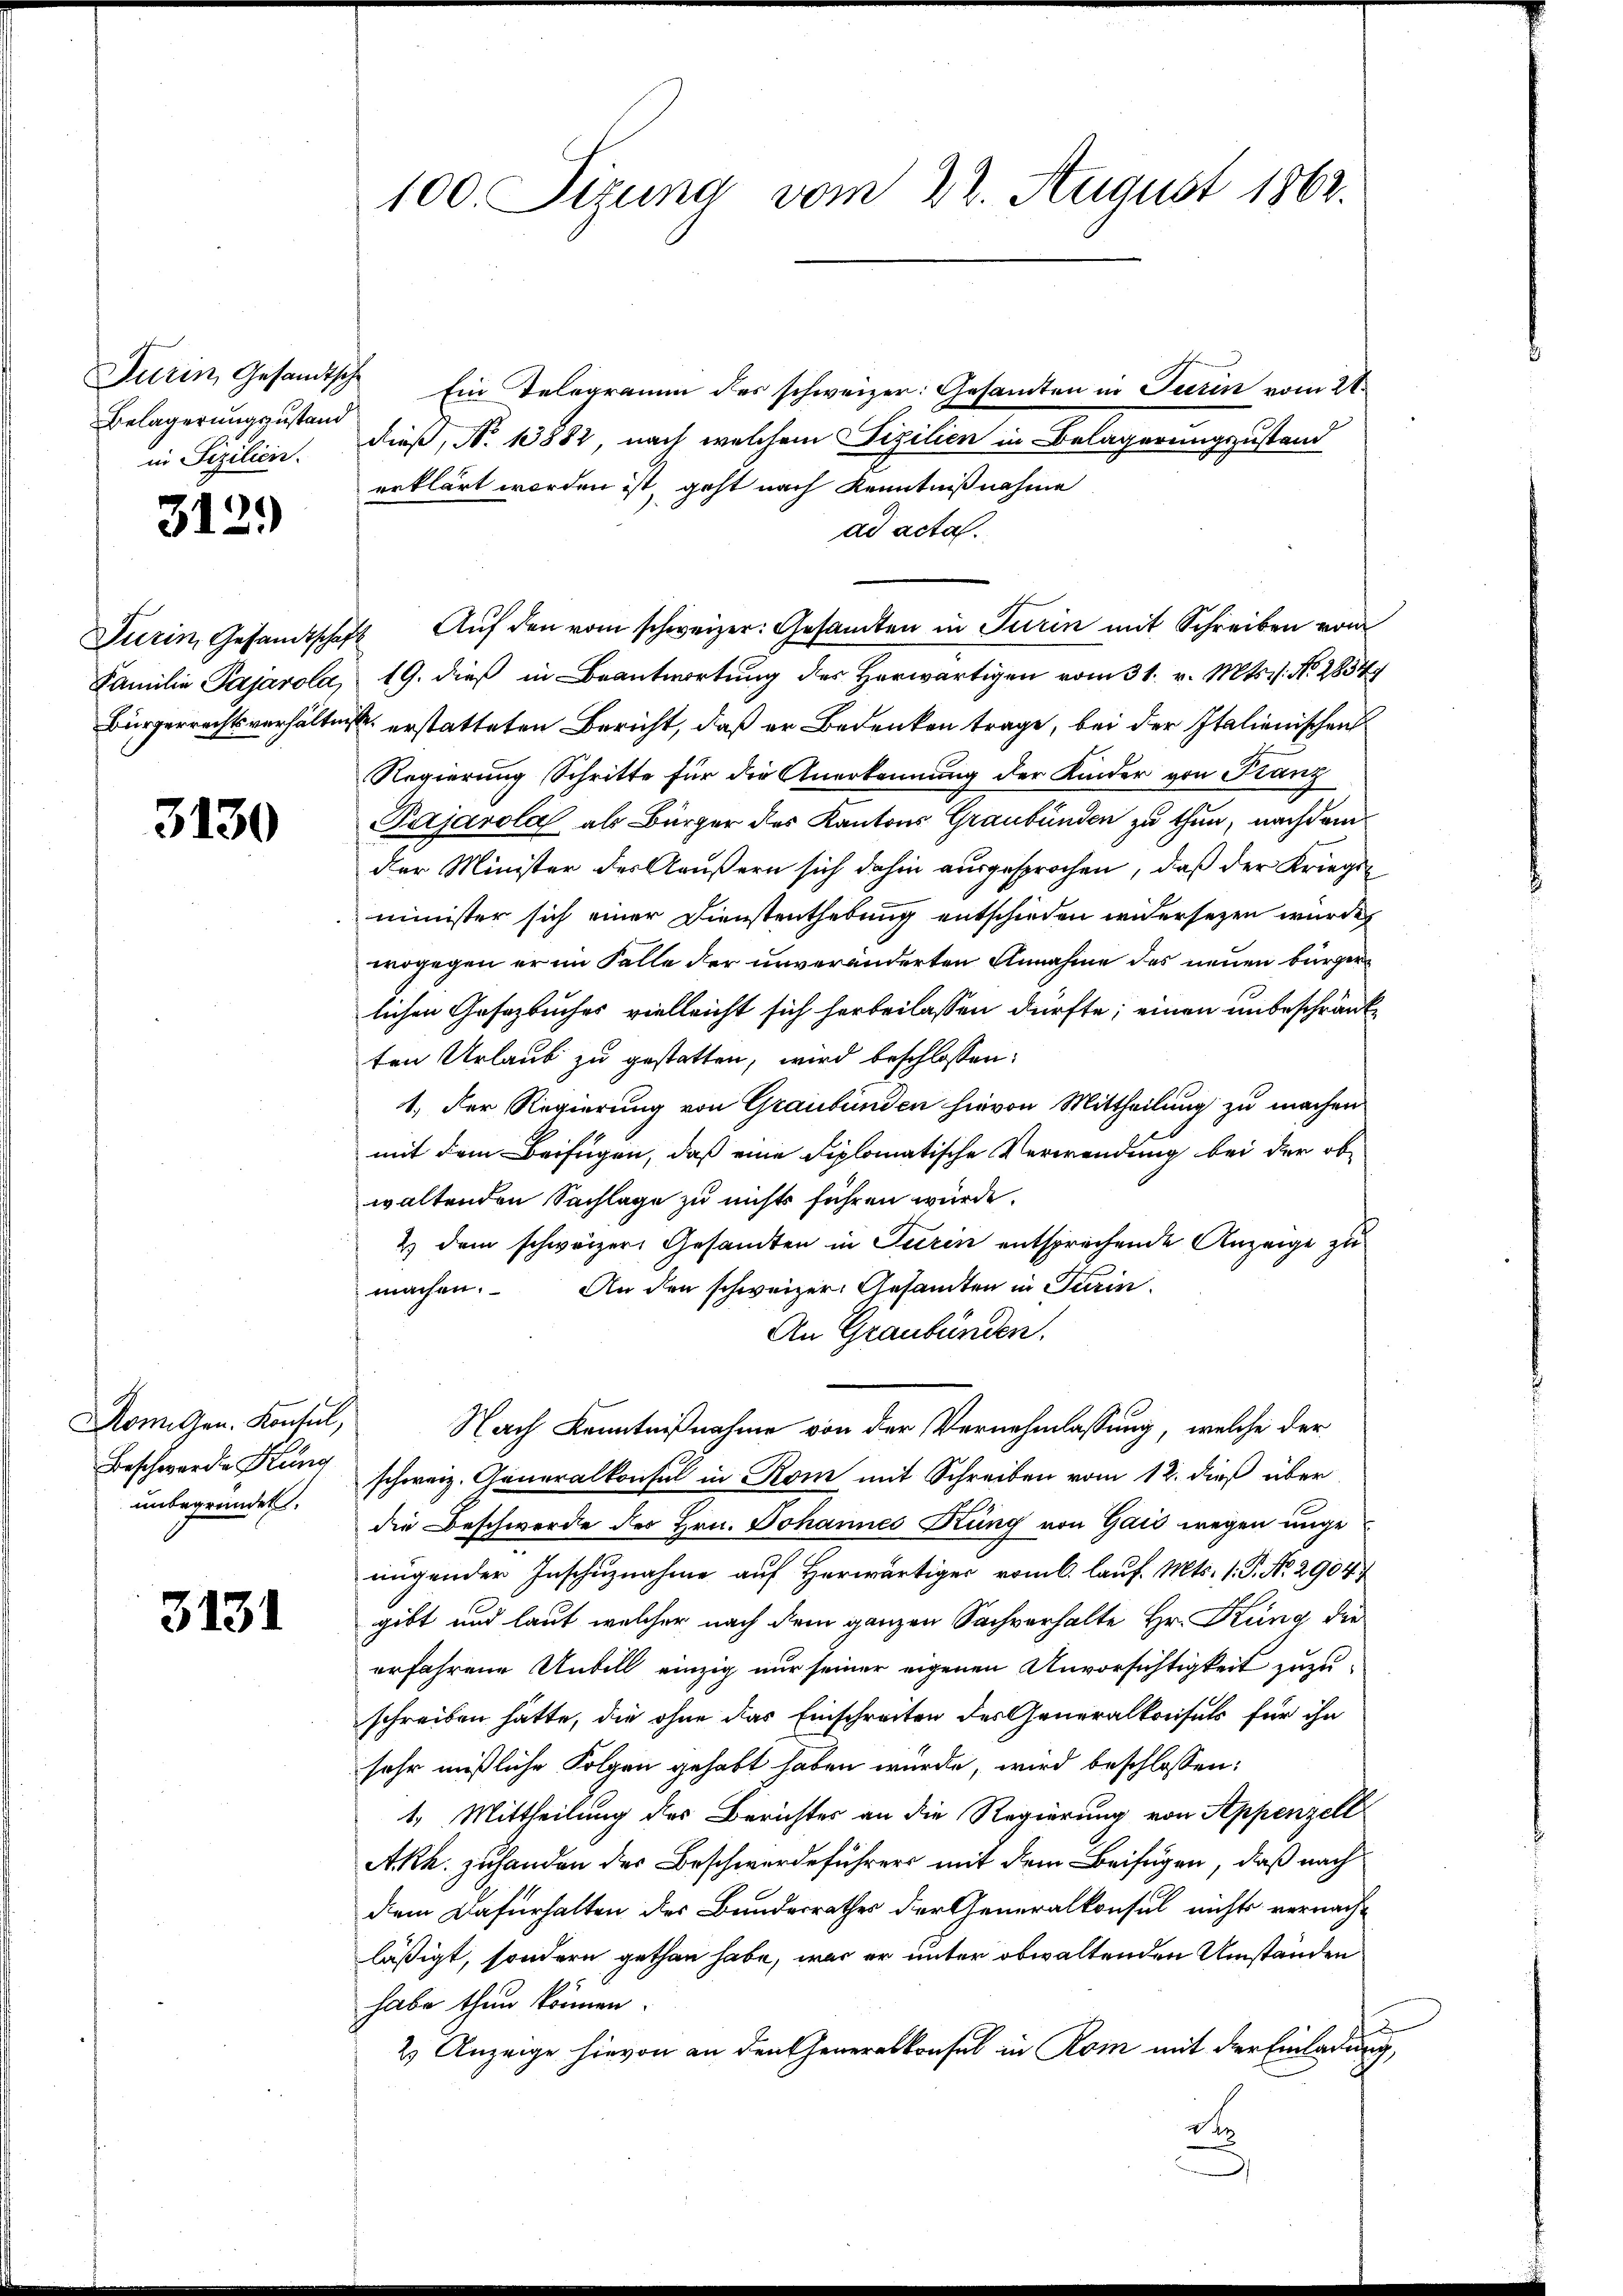
Belagerungszustand
in Sizilien.

312.

3130

Armigen. Konsul,
Beschwerden Krung
unbegründet.

3131

Turin, Gesamtsche Ein Telegramm der schweizer: Gesamten in Seerin vom 21.
dieß, N. 13881, nach welchem Fizilien in Belagerungszustand
erklärt worden ist, geht nach Kenntnißnahme
ad acta.
Turin, Gesandtschaft. Aŭf den vom schweizer: Gesamten in Turin mit Schreiben vom
Familie Pajarola, 19. dieß in Beantwortung des Herwärtigen vom 31. v. Mts. s. No. 2854
Bürgerrechtsverhältnisse erstatteten Bericht, daß er Bedenken trage, bei der Italienischen
Regierung Schritte für die Anerkennung der Kinder von Franz
Pajarola, als Bürger des Kantons Graubünden zu thun, nachdem
der Minister der Aeußern sich dahin ausgesprochen, daß der Kriegsminister sich einer Dienstenthebung entschieden widersezen wurden
wogegen er im Falle der unveränderten Annahme des neuen bürgerlichen Gesetzbuches vielleicht sich herbeilassen dürfte; einen unbeschränkten Urlaub zu gestatten, wird beschlossen:
1.) Der Regierung von Graubünden hievon Mittheilung zu machen
mit dem Beifügen, daß eine Diplomatische Verwendung bei der obwaltenden Sachlage zu nichts führen würde.
2) dem schweizer Gesamten in Turin entsprechende Anzeige zu
machen. An den schweizer. Gesamten in Turin
An Graubünden.
Nach Kenntnißnahme von der Vernehmlassung, welche der
schweiz. Generalkonsul in Rom mit Schreiben vom 12. dieß über
die Beschwerde des Hrn. Johannes Küng von Gais wegen unge
nügender Inschuznahme auf Herwärtiger roml. lauf. Mts. 1. P. No. 2904/
gibt und laut welcher nach dem ganzen Sachverhalte Hr. Küng der
erfahrene Unbill einzig nur seiner eigenen Unvorsichtigkeit zuzuschreiben hätte, die ohne das Einschreiten des Generalkonsuls für ihn
sehr mißliche Folgen gehabt haben würde, wird beschlossen:
1. Mittheilung des Berichtes an die Regierung von Appenzell
Akh. zuhanden der Beschwerdeführers mit dem Beifügen, daß nach
dem Dafürhalten des Bundesrathes der Generalkonsul nichts vernach-
läßigt, sondern gethan habe, was er unter obwaltenden Umständen
habe thun können
2) Anzeige hievon an den Generalkonsul in Rom mit der Einladung,
d
)

100. Sizung vom 22. August 1862.